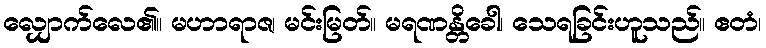
လျှောက်လေ၏။ မဟာရာဇ၊ မင်းမြတ်။ မရဏန္တိခေါ၊ သေရခြင်းဟူသည်။ ဧတံ၊